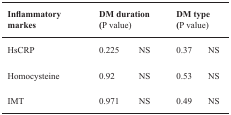
<table><thead><tr><td><b>Inflammatory markes</b></td><td colspan="2"><b>DM duration(P value)</b></td><td colspan="2"><b>DM type(P value)</b></td></tr></thead><tbody><tr><td>HsCRP</td><td>0.225</td><td>NS</td><td>0.37</td><td>NS</td></tr><tr><td>Homocysteine</td><td>0.92</td><td>NS</td><td>0.53</td><td>NS</td></tr><tr><td>IMT</td><td>0.971</td><td>NS</td><td>0.49</td><td>NS</td></tr></tbody></table>